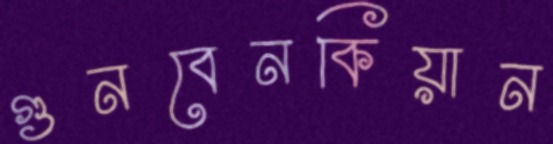
গুনবেনকিয়ান